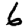
Digit: 6